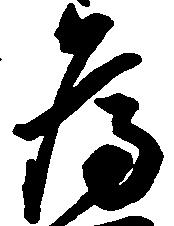
為